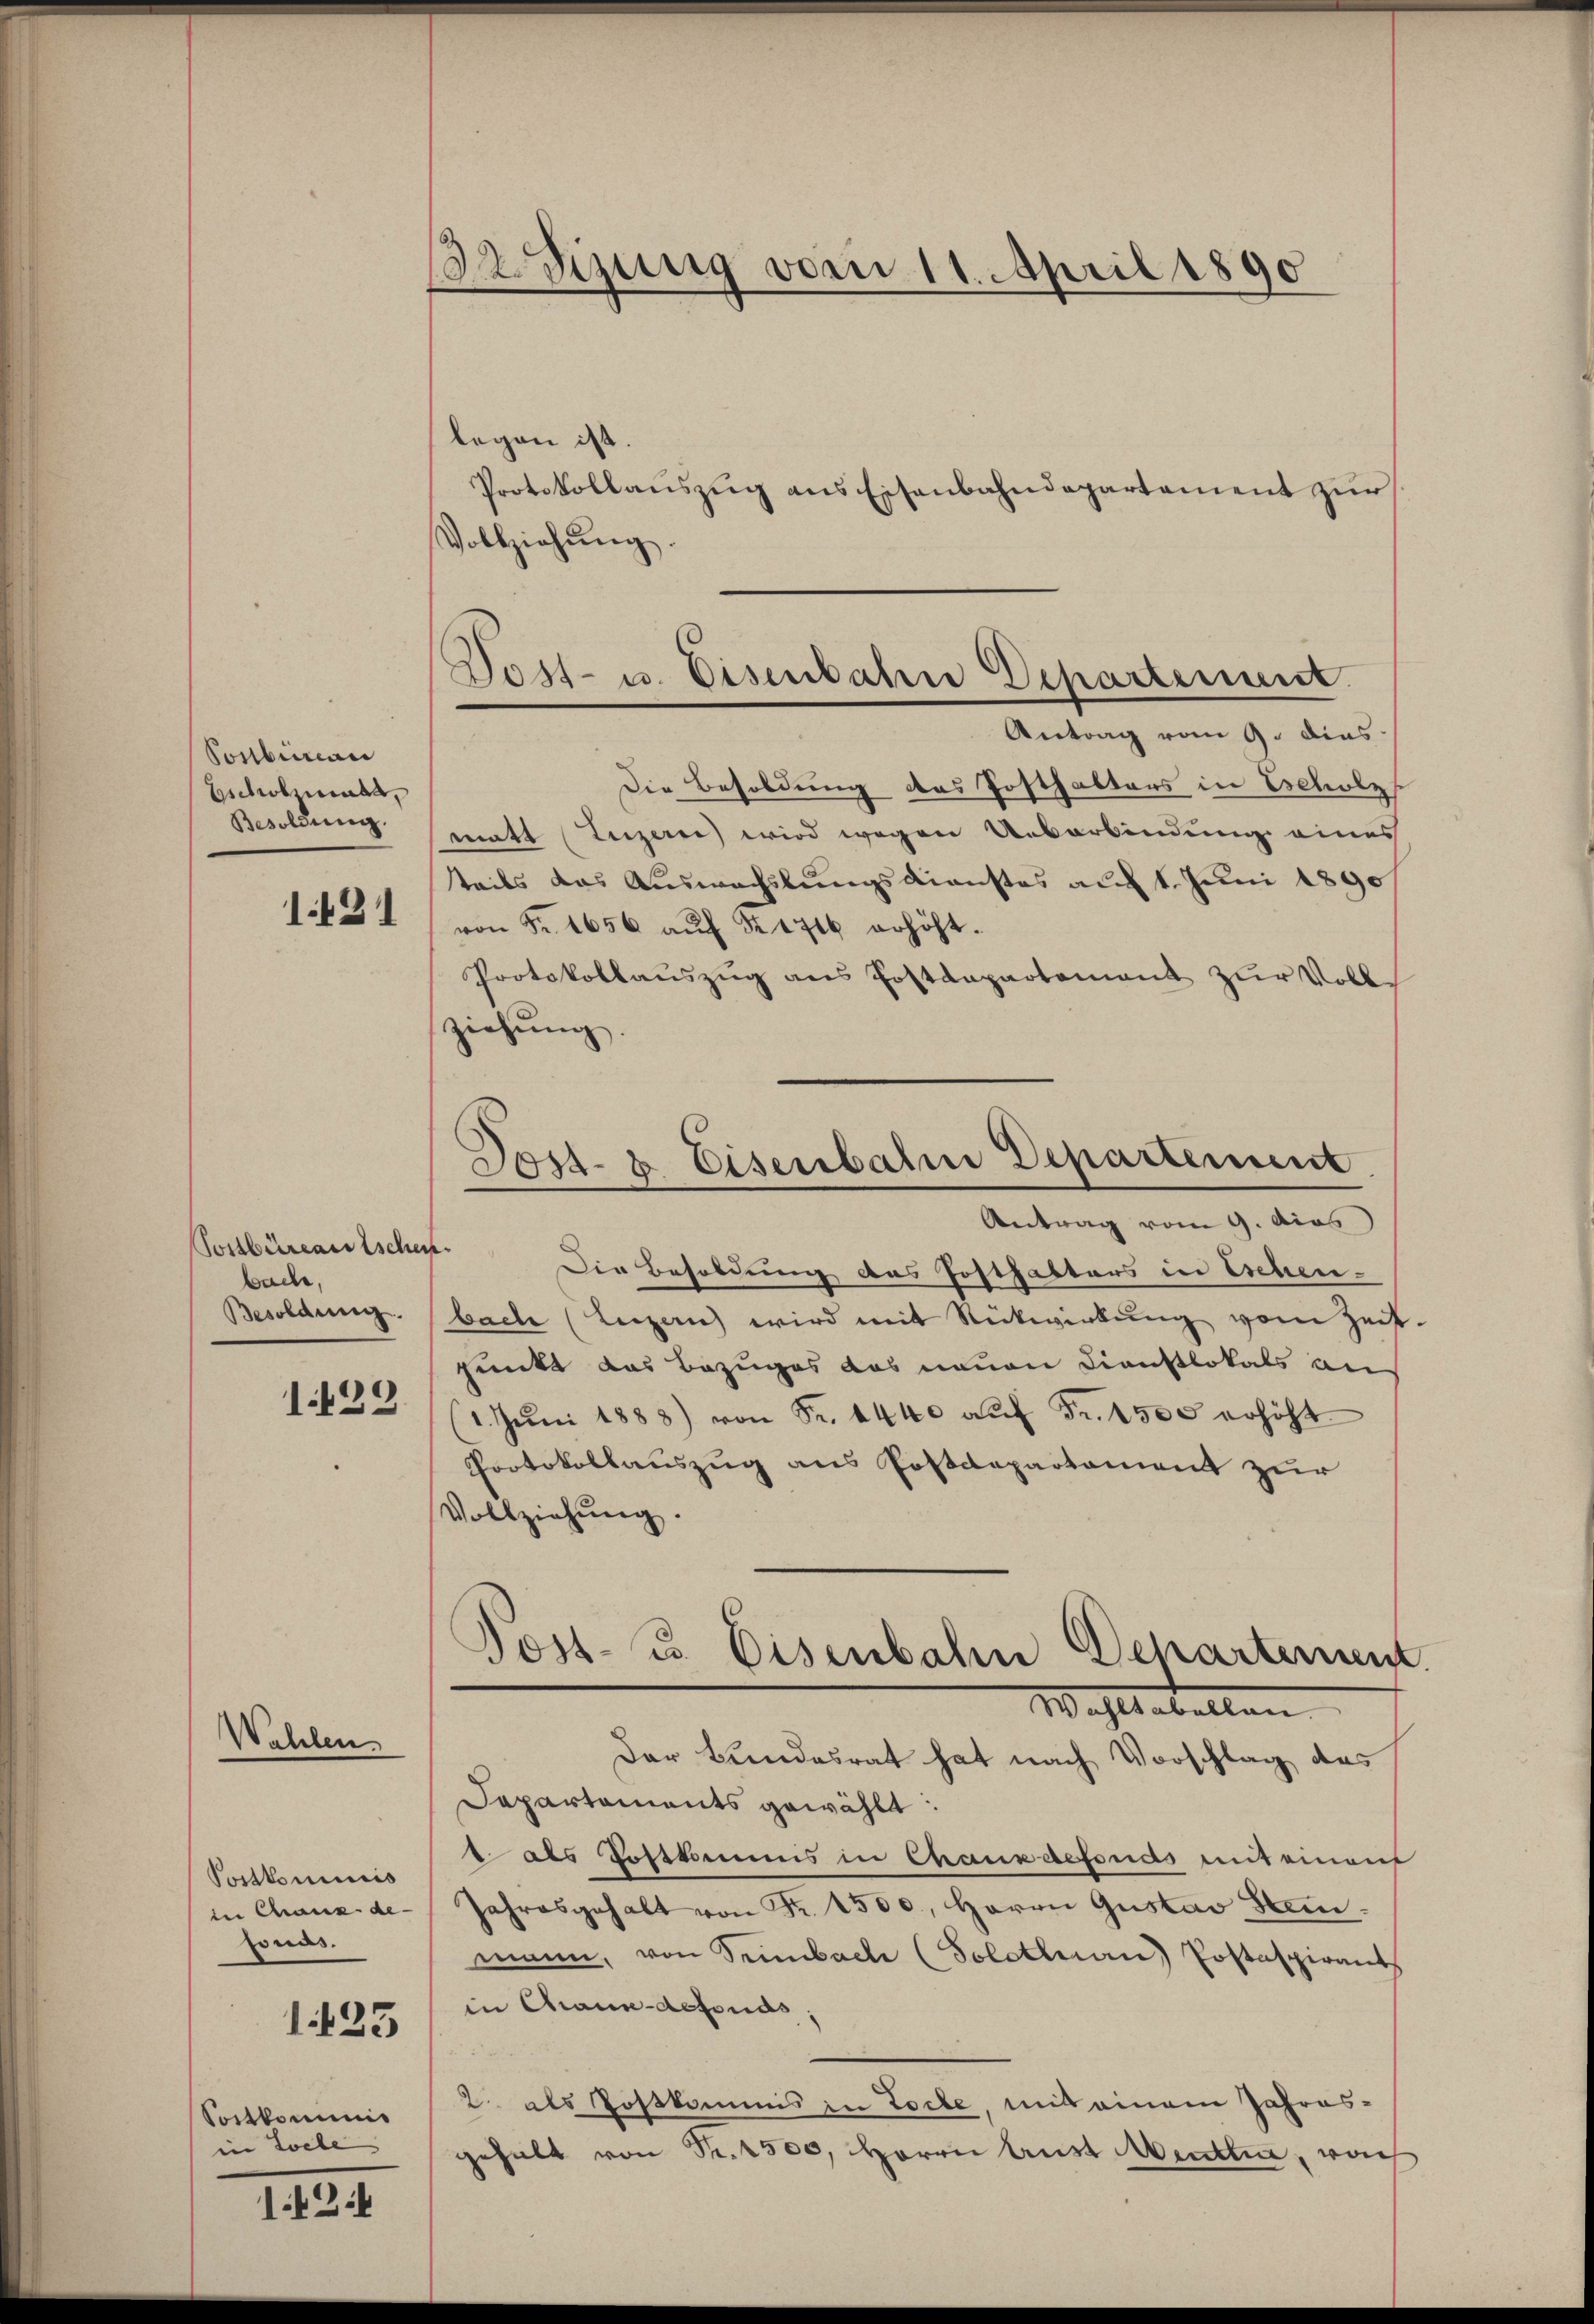
Ponbureau
Escholzmatt,
Besoldung.
1131

Postbüreauischen.
bache,
Besoldung.
1429.

Wahlen.

Porkommis
in Chaux-de-
pras.
1435
Sortkomme
in Loche

1.424

32 Sizung vom 11. April 1890

legen ist.
Protokollaŭszŭg ans Eisenbahndepartement zŭr
Vollziehŭng.
Die Besoldung des Posthalters in Escholz
matt Luzerne wird wegen Ueberbindung eines
teils das Auswachslungsdienstes auf 1. Juni 1890
von Fr. 1656 aŭf § 1716 erhöht.
Protokollaŭszŭg ans Postenpartement zŭr Volls
ziehung.

Dost- u. Eisenbahne Departement.
Antrag vom 9. dies

Jost- & Eisenbahn Departement
Antrag vom 9. Das

Post- u. Eisenbahn Departement
Wahlstabellen.

Die Besoldung des Posthalters in Eschenbach (Luzern) wird mit Rückwirkung vom Zeit-
punkt das Bezuges das neuen Dienstlokals an
1. Jŭni 1888) von Fr. 4440 auf Fr. 1500 erhöht
Portokollauszug aus Postdepartement zur
Vollziehŭng.
Der Bundesrat hat nach Vorschlag des
Dapartements gewählt:
1. als Postkamms in Chaux aefonas mit einem
Jahresgehalt von Fr. 1500, Herrn Gustav Stemmann, von Seimbach (Solotenan) Postaspirant
in Chaux-defonds,
2. als Postkommis in Tochte, mit einem Jahres-
gehalt von Fr. 1500, Herrn Aust Menten, nach